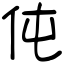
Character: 伅